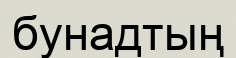
бунадтың